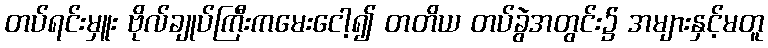
တပ်ရင်းမှူး ဗိုလ်ချုပ်ကြီးကမေးငေါ့၍ တတိယ တပ်ခွဲအတွင်း၌ အများနှင့်မတူ